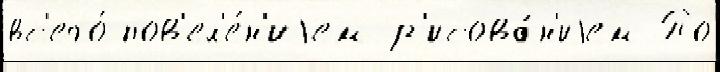
вс'его́ пов'ел'е́н'иjем р'исова́н'иjем По